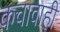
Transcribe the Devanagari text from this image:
कचावाही